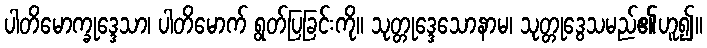
ပါတိမောက္ခုဒ္ဒေသာ၊ ပါတိမောက် ရွတ်ပြခြင်းကို။ သုတ္တုဒ္ဒေသောနာမ၊ သုတ္တုဒွေသမည်၏ဟူ၍။